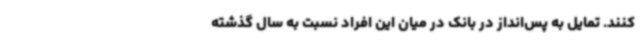
کنند. تمایل به پس‌انداز در بانک در میان این افراد نسبت به سال گذشته